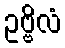
ဥဗ္ဗိလံ